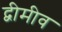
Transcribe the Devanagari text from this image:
द्वीमीव